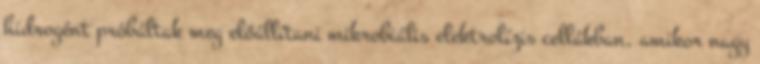
hidrogént próbáltak meg előállítani mikrobiális elektrolízis cellákban, amikor nagy